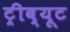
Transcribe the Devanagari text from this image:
ट्रीब्यूट